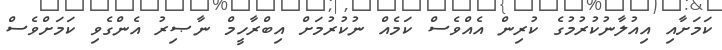
ކަަމަށާއި އިއުލާނުކުރުމުގެ ކުރިން އެއްވެސް ކަމެއް ނުކުރުމަށް އިބްރާހީމް ނާޞިރު އެންގެވި ކަމަށްވެސް